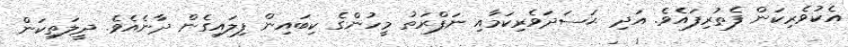
އެކުވެރިކަން ފެތުރިފައެވެ. އަދި ޙަސަދަވެރިކަމާއި ނަފްރަތު މީހުންގެ ކިބައިން ފިލައިގެން ދާނެއެވެ. ދީލަތިކަން